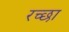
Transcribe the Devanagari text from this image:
रच्छा